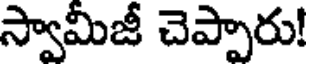
స్వామీజీ చెప్పారు!